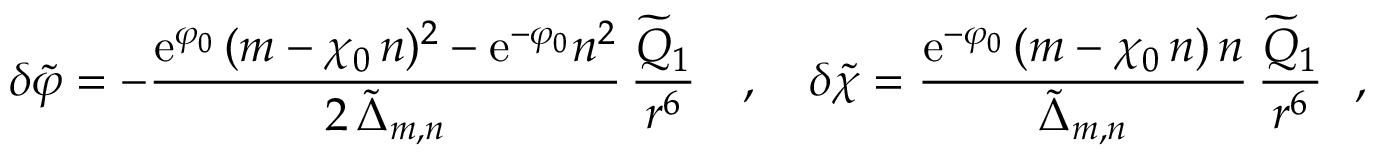
\delta { \widetilde \varphi } = - \frac { \mathrm { e } ^ { \varphi _ { 0 } } \, ( m - \chi _ { 0 } \, n ) ^ { 2 } - \mathrm { e } ^ { - \varphi _ { 0 } } n ^ { 2 } } { 2 \, { \widetilde \Delta } _ { m , n } } \, \frac { { \widetilde Q } _ { 1 } } { r ^ { 6 } } ~ ~ ~ , ~ ~ ~ \delta { \widetilde \chi } = \frac { \mathrm { e } ^ { - \varphi _ { 0 } } \, ( m - \chi _ { 0 } \, n ) \, n } { { \widetilde \Delta } _ { m , n } } \, \frac { { \widetilde Q } _ { 1 } } { r ^ { 6 } } ~ ~ ,